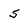
Character: 5